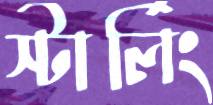
স্টার্লিং